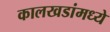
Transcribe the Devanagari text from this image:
कालखडांमध्ये